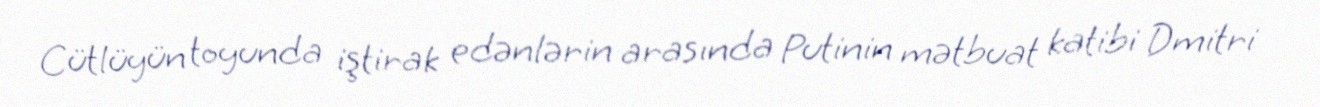
Cütlüyün toyunda iştirak edənlərin arasında Putinin mətbuat katibi Dmitri